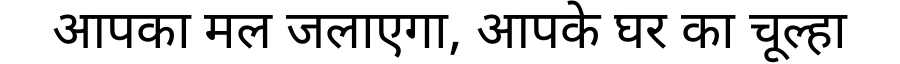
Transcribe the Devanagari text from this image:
आपका मल जलाएगा, आपके घर का चूल्हा